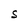
Character: S